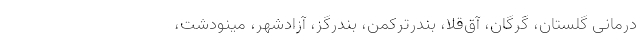
درمانی گلستان، گرگان، آق‌قلا، بندرترکمن، بندرگز، آزادشهر، مینودشت،